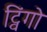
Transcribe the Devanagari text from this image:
ट्विंगो